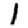
Digit: 1